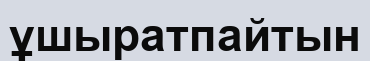
ұшыратпайтын